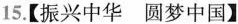
15.【振兴中华 圆梦中国】